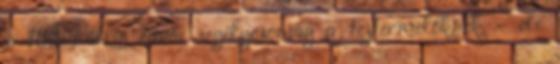
» 100 millió eurós segélycsomag a tejtermelőknek – de